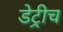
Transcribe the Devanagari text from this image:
डेट्रीच